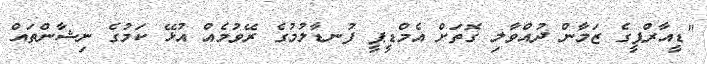
"ޑީއާރްޕީގެ ޒަމާން ދުއްވާލި ގޮތަށް އެމްޑީޕީ ފުނޑާލުމުގެ ރޭވުމެއް އުޅޭ ކަމުގެ ނިޝާންތައް